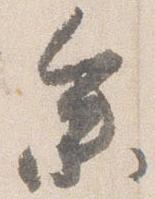
参